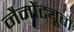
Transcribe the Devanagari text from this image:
नैनोंट्यूबों